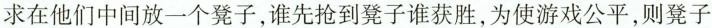
求在他们中间放一个凳子，谁先抢到凳子谁获胜，为使游戏公平，则凳子